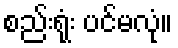
စည်းရုံး ပင်မလုံ။